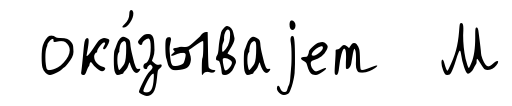
ока́зываjет М